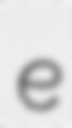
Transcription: e